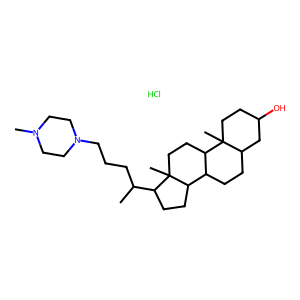
SMILES: CC(CCCN1CCN(C)CC1)C1CCC2C3CCC4CC(O)CCC4(C)C3CCC12C.Cl
Inhibits HIV replication: No